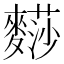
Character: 𪍬